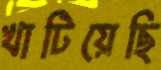
খাটিয়েছি